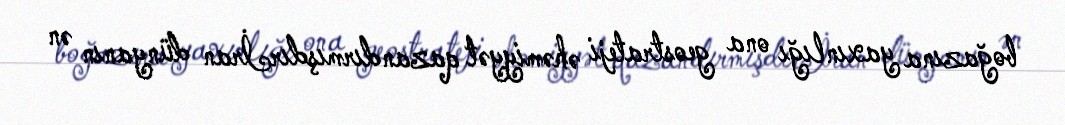
boğazına yaxınlığı ona geostrateji əhəmiyyət qazandırmışdırİran dünyanın ən